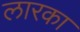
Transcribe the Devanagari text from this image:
लारका